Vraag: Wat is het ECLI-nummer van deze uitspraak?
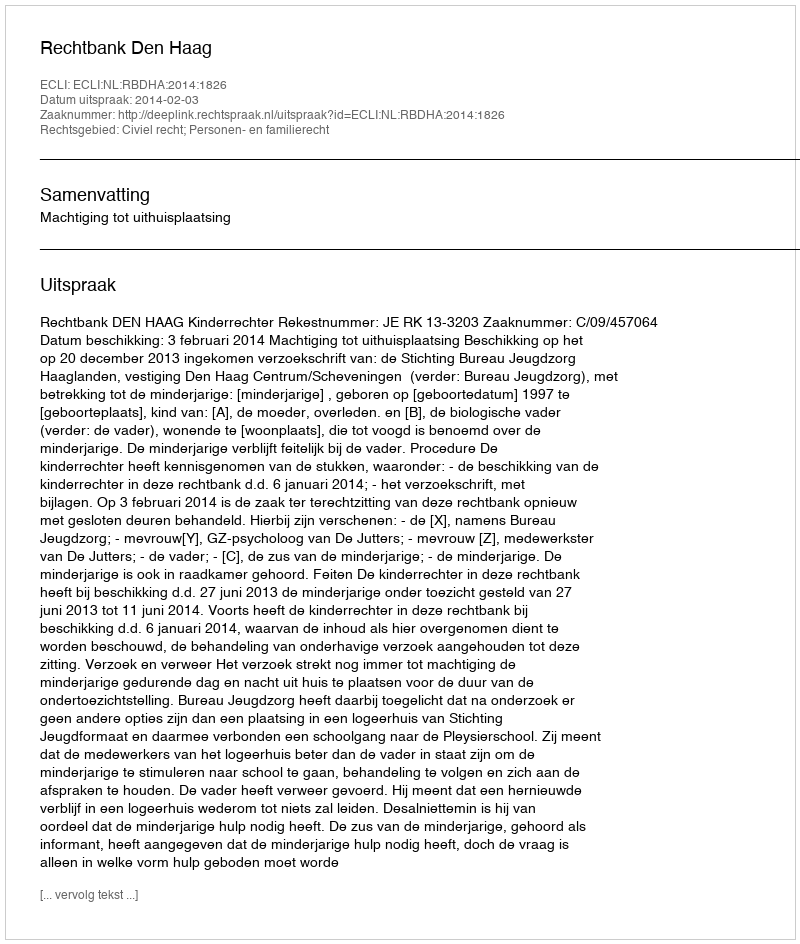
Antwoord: ECLI:NL:RBDHA:2014:1826